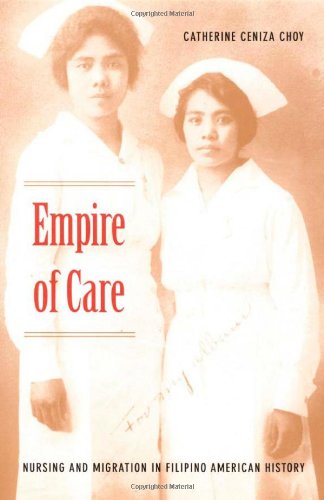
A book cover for Empire of Care: Nursing and Migration in Filipino American History (American Encounters/Global Interactions); Catherine Ceniza Choy; History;